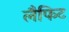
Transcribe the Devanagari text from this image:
लैफिट